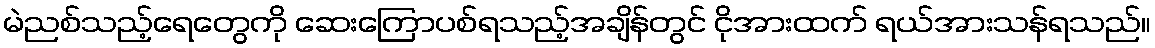
မဲညစ်သည့်ရေတွေကို ဆေးကြောပစ်ရသည့်အချိန်တွင် ငိုအားထက် ရယ်အားသန်ရသည်။